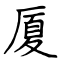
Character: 厦